Resolution on Dr Rogers' report on Kala azar.
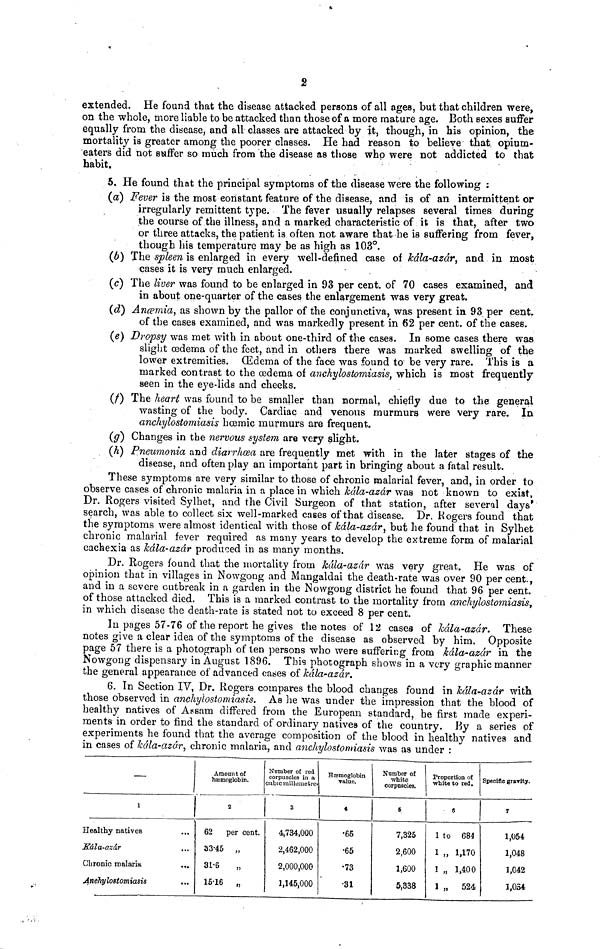
2
extended. He found that the disease attacked persons of all ages, but that children were,
on the whole, more liable to be attacked than those of a more mature age. Both sexes suffer
equally from the disease, and all classes are attacked by it, though, in his opinion, the
mortality is greater among the poorer classes. He had reason to believe that opium-
eaters did not suffer so much from the disease as those who were not addicted to that
habit.
5. He found that the principal symptoms of the disease were the following :
(a) Fever is the most constant feature of the disease, and is of an intermittent or
irregularly remittent type. The fever usually relapses several times during
the course of the illness, and a marked characteristic of it is that, after two
or three attacks, the patient is often not aware that he is suffering from fever,
though his temperature may be as high as 103°.
(b) The spleen is enlarged in every well-defined case of kála-azár, and in most
cases it is very much enlarged.
(c) The liver was found to be enlarged in 93 per cent. of 70 cases examined, and
in about one-quarter of the cases the enlargement was very great.
(d) Anœmia, as shown by the pallor of the conjunctiva, was present in 93 per cent.
of the cases examined, and was markedly present in 62 per cent. of the cases.
(e) Dropsy was met with in about one-third of the cases. In some cases there was
slight œdema of the feet, and in others there was marked swelling of the
lower extremities. Œdema of the face was found to be very rare. This is a
marked contrast to the œdema of anchylostomiasis, which is most frequently
seen in the eye-lids and cheeks.
(f) The heart was found to be smaller than normal, chiefly due to the general
wasting of the body. Cardiac and venous murmurs were very rare. In
anchylostomiasis hcemic murmurs are frequent.
(g) Changes in the nervous system are very slight.
(h) Pneumonia and diarrhoea are frequently met with in the later stages of the
disease, and often play an important part in bringing about a fatal result.
These symptoms are very similar to those of chronic malarial fever, and, in order to
observe cases of chronic malaria in a place in which kála-azár was not known to exist,
Dr. Rogers visited Sylhet, and the Civil Surgeon of that station, after several days'
search, was able to collect six well-marked cases of that disease. Dr. Rogers found that
the symptoms were almost identical with those of kála-azár, but he found that in Sylhet
chronic malarial fever required as many years to develop the extreme form of malarial
cachexia as kála-azár produced in as many months.
Dr. Rogers found that the mortality from kala-azar was very great. He was of
opinion that in villages in Nowgong and Mangaldai the death-rate was over 90 per cent.,
and in a severe outbreak in a garden in the Nowgong district he found that 96 per cent.
of those attacked died. This is a marked contrast to the mortality from anchylostomiasis,
in which disease the death-rate is stated not to exceed 8 per cent.
In pages 57-76 of the report he gives the notes of 12 cases of kála-azár. These
notes give a clear idea of the symptoms of the disease as observed by him. Opposite
page 57 there is a photograph often persons who were suffering from kála-azár in the
Nowgong dispensary in August 1896. This photograph shows in a very graphic manner
the general appearance of advanced cases of kála-azár.
6. In Section IV, Dr. Rogers compares the blood changes found in kála-azár with
those observed in anchylostomiasts. As he was under the impression that the blood of
healthy natives of Assam differed from the European standard, he first made experi-
ments in order to find the standard of ordinary natives of the country. By a series of
experiments he found that the average composition of the blood in healthy natives and
in cases of kála-azár, chronic malaria, and anchylostomiasis was as under :
—
1
Healthy natives
Kála-azár
Chronic malaria
Anchylostomiasis
...
Amount of
hæmoglobin.
2
62 per cent.
33.45 „
31.6
„
15.16
„
Number of red
corpuscles in a
cubic millemetre.
3
4,734,000
2,462,000
2,000,000
1,145,000
Hæmoglobin
value.
4
•65
•65
•73
•31
Number of
white
corpuscles.
5
7,325
2,600
1,600
5,338
Proportion of
white to red.
6
1 to 684
1 „ 1,170
1 „ 1,400
1 „ 524
Specific gravity.
7
1,054
1,048
1,042
1,034